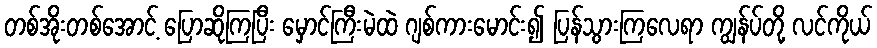
တစ်အိုးတစ်အောင့် ပြောဆိုကြပြီး မှောင်ကြီးမဲထဲ ဂျစ်ကားမောင်း၍ ပြန်သွားကြလေရာ ကျွန်ပ်တို့ လင်ကိုယ်